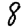
Digit: 8